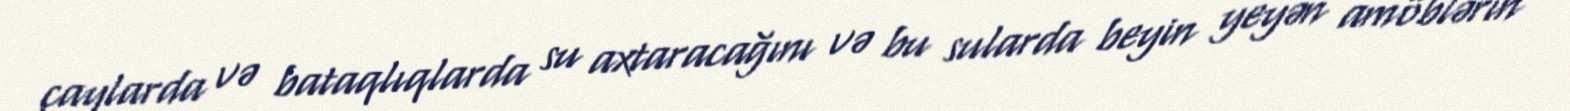
çaylarda və bataqlıqlarda su axtaracağını və bu sularda beyin yeyən amöblərin